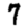
Digit: 7